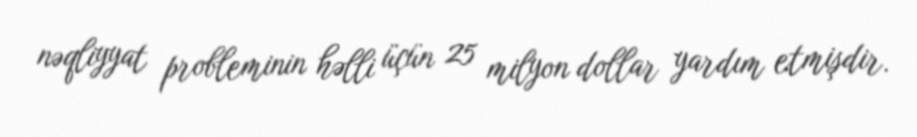
nəqliyyat probleminin həlli üçün 25 milyon dollar yardım etmişdir.